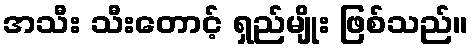
အသီး သီးတောင့် ရှည်မျိုး ဖြစ်သည်။